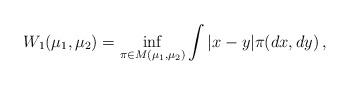
LaTeX: \begin{align*} W_1(\mu_1, \mu_2)= \inf_{\pi \in M(\mu_1, \mu_2)} \int |x-y| \pi(dx,dy) \, ,\end{align*}